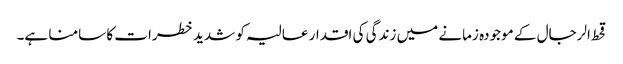
قحط الرجال کے موجودہ زمانے میں زندگی کی اقدار عالیہ کو شدید خطرات کا سامنا ہے۔